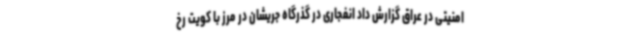
امنیتی در عراق گزارش داد انفجاری در گذرگاه جریشان در مرز با کویت رخ